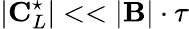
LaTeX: |\mathbf{C}_{L}^{\star}|<<|\mathbf{B}|\cdot\tau